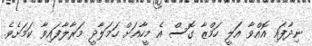
ނިދާފައި އޮއްވާ އަލީ ހަމްޒާ ގޮސް އެ މީހާއަށް ހަމަލާދީ މަރާލާފައިވާ ކަމަށެވެ.